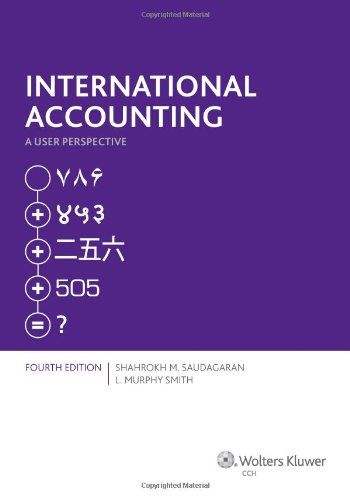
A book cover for International Accounting: A User Perspective  ( Fourth Edition ); Shahrokh M. Saudagaran  and L. Murphy Smith; Business & Money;